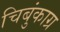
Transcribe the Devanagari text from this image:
चिबुंकाग्र